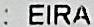
: EIRA